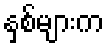
နှစ်များက